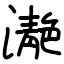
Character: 濪